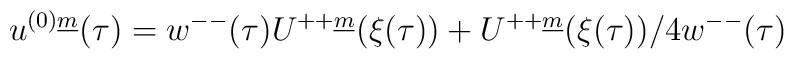
u^{(0) \underline{m}}(\tau) =w^{--}(\tau ) U^{++ \underline{m}} (\xi (\tau ))+U^{++ \underline{m}} (\xi(\tau ))/ 4 w^{--}(\tau )